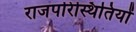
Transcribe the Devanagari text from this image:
राजपरिस्थितियों